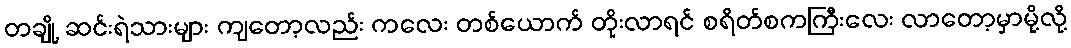
တချို့ ဆင်းရဲသားများ ကျတော့လည်း ကလေး တစ်ယောက် တိုးလာရင် စရိတ်စကကြီးလေး လာတော့မှာမို့လို့